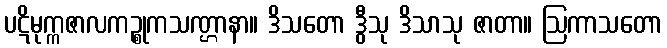
ပဋိမုက္ကဇာလကဉ္စုကသဏ္ဌာနာ။ ဒိသတော ဒွီသု ဒိသာသု ဇာတာ။ ဩကာသတော